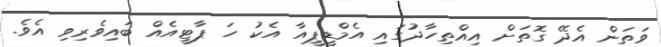
ވަތަން އެދޭ ގޮތަށް އިއްތިހާދުުގައި އެމްޑީޕީއާ އެކު ހަ ޕާޓީއެއް ބައިވެރިވި އެވެ.